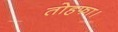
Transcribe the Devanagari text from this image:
तोहफा।